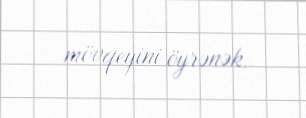
mövqeyini öyrənək.